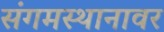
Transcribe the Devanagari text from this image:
संगमस्थानावर